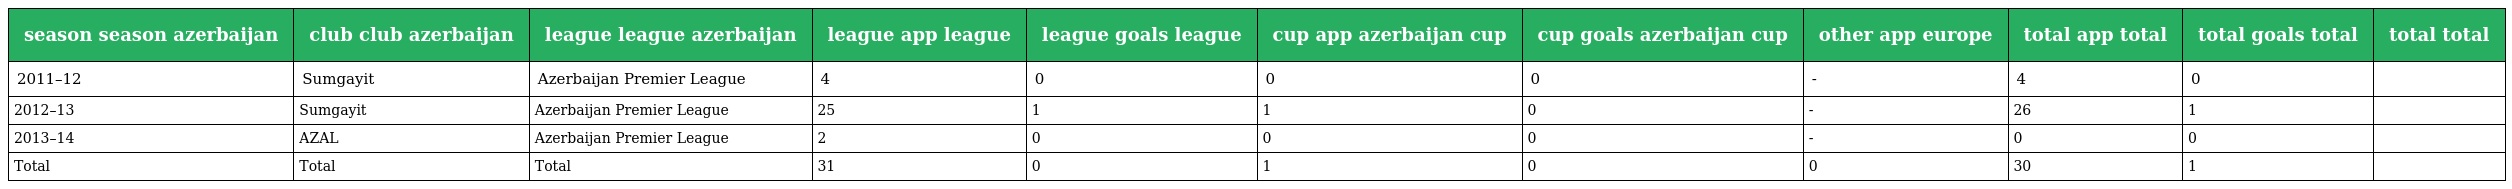
| season season azerbaijan | club club azerbaijan | league league azerbaijan | league app league | league goals league | cup app azerbaijan cup | cup goals azerbaijan cup | other app europe | total app total | total goals total | total  total |
 | --- | --- | --- | --- | --- | --- | --- | --- | --- | --- | --- |
 | 2011–12 | Sumgayit | Azerbaijan Premier League | 4 | 0 | 0 | 0 | - | 4 | 0 |  |
 | 2012–13 | Sumgayit | Azerbaijan Premier League | 25 | 1 | 1 | 0 | - | 26 | 1 |  |
 | 2013–14 | AZAL | Azerbaijan Premier League | 2 | 0 | 0 | 0 | - | 0 | 0 |  |
 | Total | Total | Total | 31 | 0 | 1 | 0 | 0 | 30 | 1 |  |